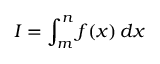
I = \int _ { m } ^ { n } f ( x ) \, d x